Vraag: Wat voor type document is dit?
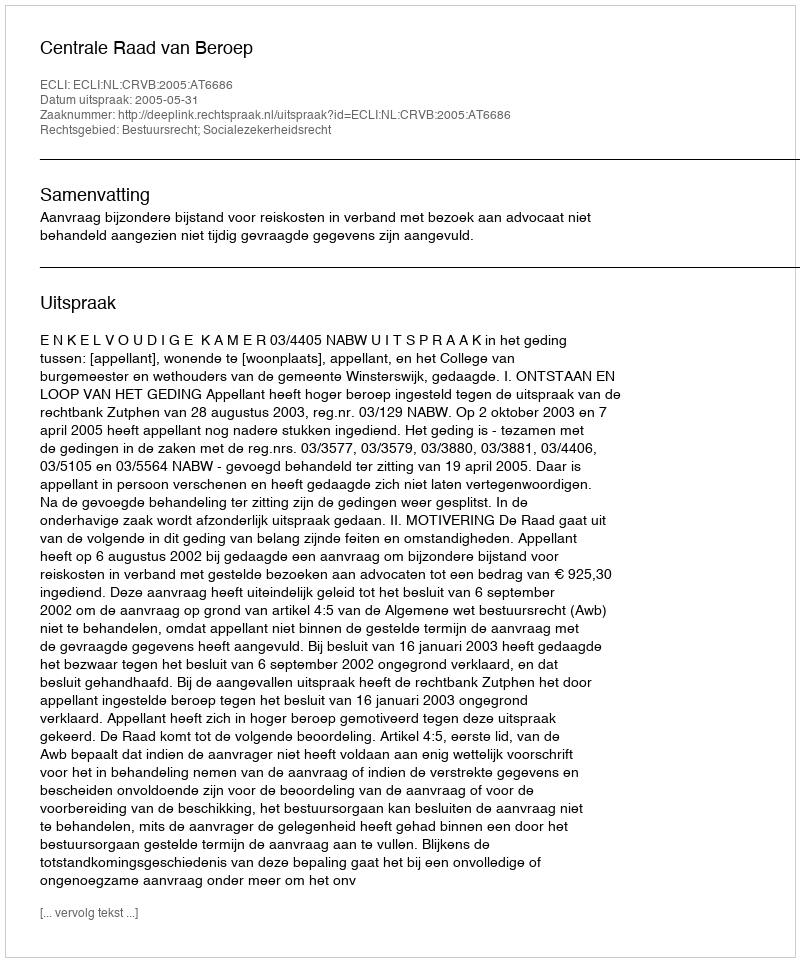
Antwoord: Uitspraak